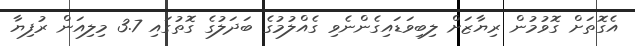
އެގޮތަށް ގޮވުމުން ރިޔާޒަށް ލިބިވަޑައިގެންނެވި ގެއްލުމުގެ ބަދަލުގެ ގޮތުގައި 3.7 މިލިއަން ރުފިޔާ